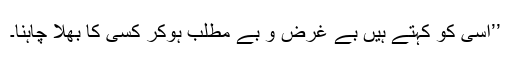
’’اسی کو کہتے ہیں بے غرض و بے مطلب ہوکر کسی کا بھلا چاہنا۔